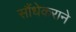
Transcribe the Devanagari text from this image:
सौंधेकराने